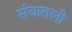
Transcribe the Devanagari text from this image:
संघातली